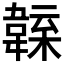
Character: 𩏁